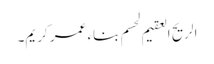
الریح العقیم لحسم بناء عمر کریم۔